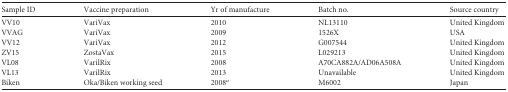
<table><thead><tr><td><b>Sample ID</b></td><td><b>Vaccine preparation</b></td><td><b>Yr of manufacture</b></td><td><b>Batch no.</b></td><td><b>Source country</b></td></tr></thead><tbody><tr><td>VV10</td><td>VariVax</td><td>2010</td><td>NL13110</td><td>United Kingdom</td></tr><tr><td>VVAG</td><td>VariVax</td><td>2009</td><td>1526X</td><td>USA</td></tr><tr><td>VV12</td><td>VariVax</td><td>2012</td><td>G007544</td><td>United Kingdom</td></tr><tr><td>ZV15</td><td>ZostaVax</td><td>2015</td><td>L029213</td><td>United Kingdom</td></tr><tr><td>VL08</td><td>VarilRix</td><td>2008</td><td>A70CA882A/AD06A508A</td><td>United Kingdom</td></tr><tr><td>VL13</td><td>VarilRix</td><td>2013</td><td>Unavailable</td><td>United Kingdom</td></tr><tr><td>Biken</td><td>Oka/Biken working seed</td><td>2008<sup><i>a</i></sup></td><td>M6002</td><td>Japan</td></tr></tbody></table>